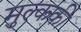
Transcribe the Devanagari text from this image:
मुल्ककी